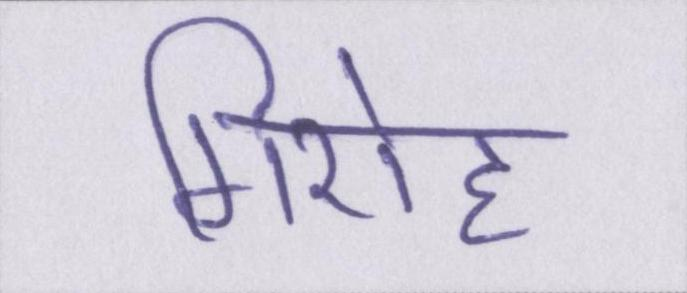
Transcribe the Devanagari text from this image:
गिरोह